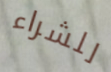
للشراء